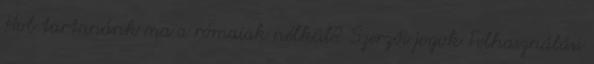
Hol tartanánk ma a rómaiak nélkül? Szerzői jogok Felhasználási